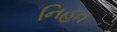
નિહત